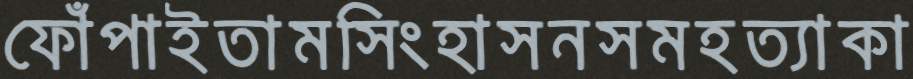
ফোঁপাইতামসিংহাসনসমহত্যাকা